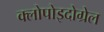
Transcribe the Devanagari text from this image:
क्लोपोइदोग्रेल